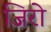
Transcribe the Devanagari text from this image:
जिरो